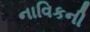
નાવિકની